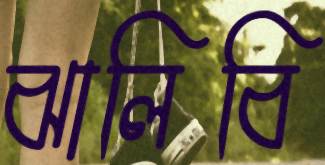
ঝালিবি